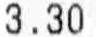
3.30